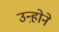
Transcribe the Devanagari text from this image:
उन्ह़ोने